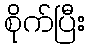
စိုက်ပြီး